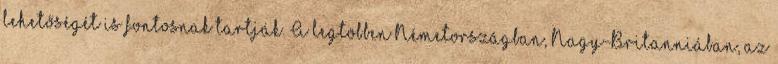
lehetőségét is fontosnak tartják. A legtöbben Németországban, Nagy-Britanniában, az